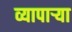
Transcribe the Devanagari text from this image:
व्यापाऱ्या